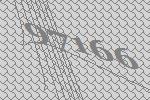
97166